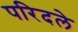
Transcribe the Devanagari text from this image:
परिदले